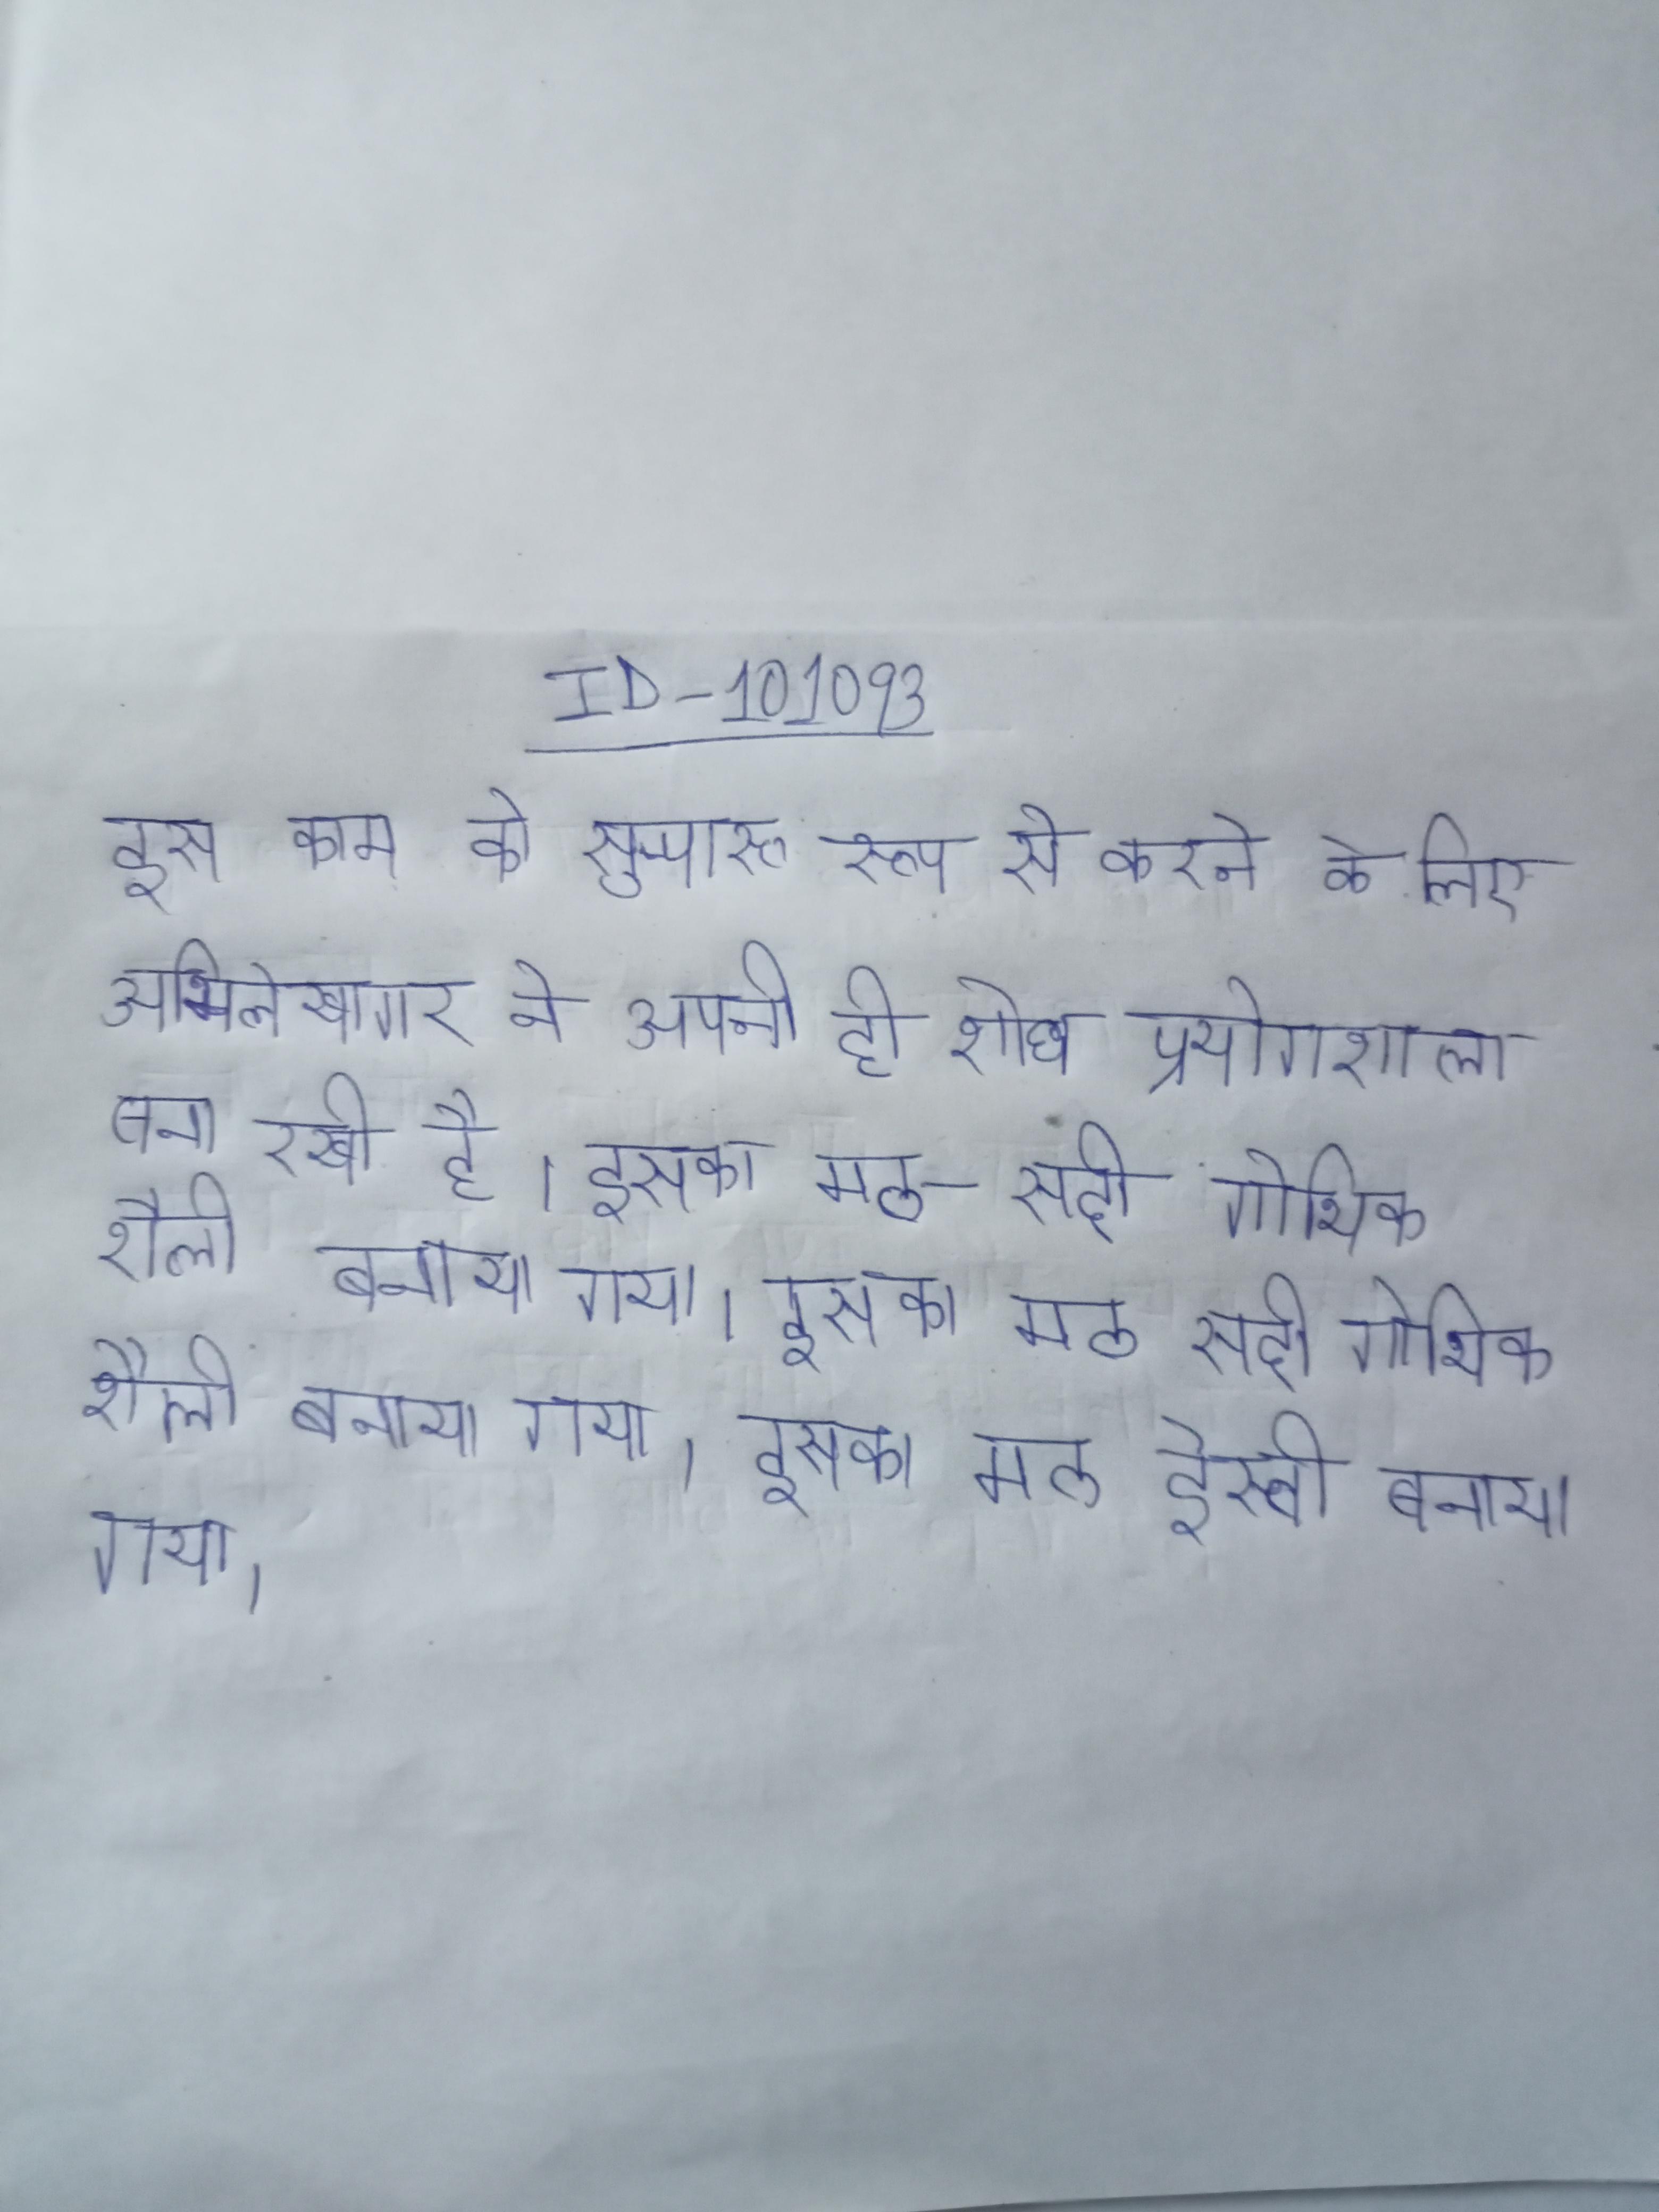
इस काम को सुचारू रूप से करने के लिए अभिलेखागार ने अपनी ही शोध प्रयोगशाला बना रखी है । इसका मठ - सदी गोथिक शैली बनाया गया । इसका मठ सदी गोथिक शैली बनाया गया । इसका मठ ईस्वी बनाया गया ।